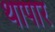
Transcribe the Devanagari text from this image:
थापार